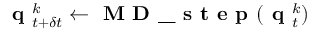
\textbf { q } _ { t + \delta t } ^ { k } \leftarrow \textbf { M D \_ s t e p } ( \normalfont { \textbf { q } } _ { t } ^ { k } )